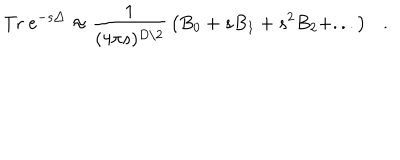
\mathrm { T r } ~ e ^ { - s \triangle } \approx { \frac { 1 } { ( 4 \pi s ) ^ { D / 2 } } } \left( B _ { 0 } + s B _ { 1 } + s ^ { 2 } B _ { 2 } + . . . \right) .